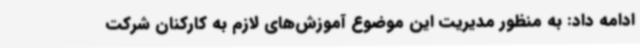
ادامه داد: به منظور مدیریت این موضوع آموزش‌های لازم به کارکنان شرکت